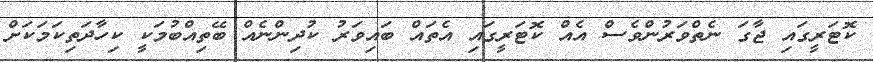
ކޮޓަރީގައި ޖާގަ ނެތްވަރުންވެސް އެއް ކޮޓަރީގައި އެތައް ބައިވަރު ކުދިންނެއް ބޭތިއްބުމަކީ ކިހާދަތިކަމަކަށް